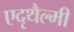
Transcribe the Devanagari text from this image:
एदृथैल्मी